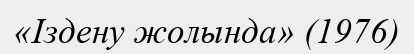
«Іздену жолында» (1976)